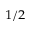
^ { 1 / 2 }